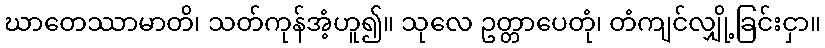
ဃာတေဿာမာတိ၊ သတ်ကုန်အံ့ဟူ၍။ သုလေ ဥတ္တာပေတုံ၊ တံကျင်လျှို့ခြင်းငှာ။